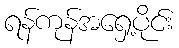
ရန်ကုန်အရှေ့ပိုင်း